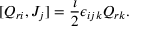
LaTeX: \lbrack { Q _ { r i } , J _ { j } } \rbrack = \frac { \imath } { 2 } \epsilon _ { i j k } Q _ { r k } .